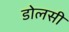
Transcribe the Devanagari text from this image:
डोलसी